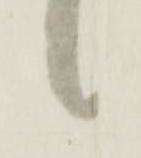
候